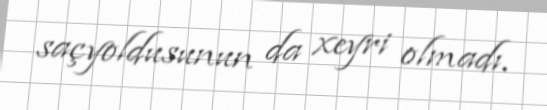
saçyoldusunun da xeyri olmadı.